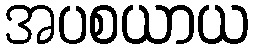
အပစယာယ